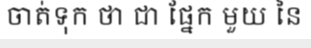
ចាត់ទុក ថា ជា ផ្នែក មួយ នៃ